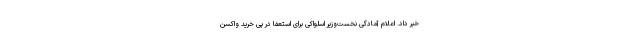
خبر داد. اعلام آمادگی نخست‌وزیر اسلواکی برای استعفا در پی خرید واکسن